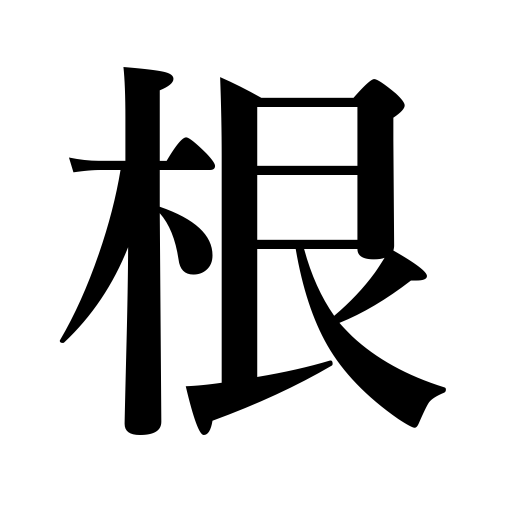
Meanings: foundation,head of a boil,peak,root of a plant,base of a hill,root,radical in science and math,origin,stamina